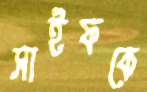
সাইফকে